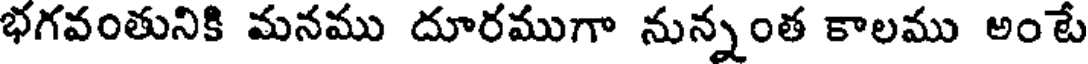
భగవంతునికి మనము దూరముగా నున్నంత కాలము అంటే